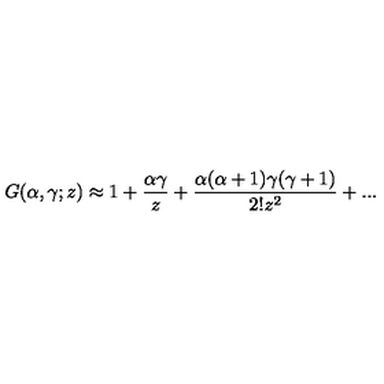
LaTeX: G ( { \alpha } , { \gamma } ; z ) \approx 1 + \frac { { \alpha } { \gamma } } { z } + \frac { { \alpha } ( { \alpha } + 1 ) { \gamma } ( { \gamma } + 1 ) } { 2 ! z ^ { 2 } } + . . .